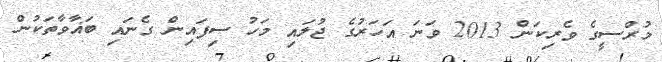
މުރްސީގެ ވެރިކަން 2013 ވަނަ އަހަރުގެ ޖުލައި މަހު ސިފައިން ގެނައި ބަޣާވާތަކުން